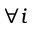
\forall i